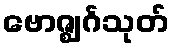
ဗောဇ္ဈင်္ဂသုတ်